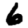
Digit: 6